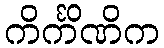
ကိင်္ကိဏိက